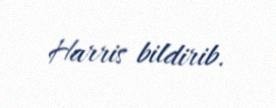
Harris bildirib.